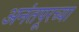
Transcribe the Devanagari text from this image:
अनंतपूरच्या